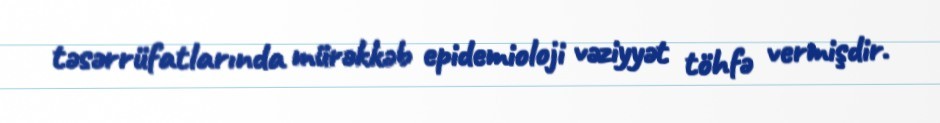
təsərrüfatlarında mürəkkəb epidemioloji vəziyyət töhfə vermişdir.